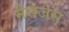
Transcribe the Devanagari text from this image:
मेसेजेस्